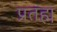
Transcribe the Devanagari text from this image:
प्रतह्म